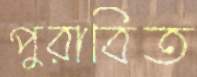
পুরাবিত